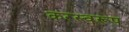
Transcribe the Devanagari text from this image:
करस्वरूप